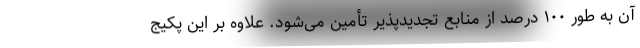
آن به طور ۱۰۰ درصد از منابع تجدیدپذیر تأمین می‌شود. علاوه بر این پکیج